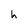
Character: h